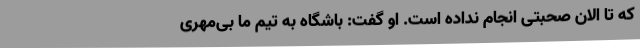
که تا الان صحبتی انجام نداده است. او گفت: باشگاه به تیم ما بی‌مهری